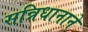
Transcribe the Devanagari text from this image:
सन्निधानाने